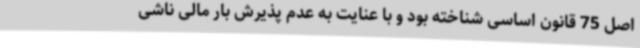
اصل 75 قانون اساسی شناخته بود و با عنایت به عدم پذیرش بار مالی ناشی